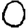
Digit: 0